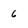
Character: 6